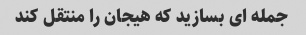
جمله ای بسازید که هیجان را منتقل کند